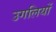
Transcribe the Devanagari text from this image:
उगलियों